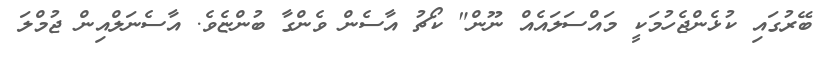
ބޭރުގައި ކުޅެންޖެހުމަކީ މައްސަލައެއް ނޫން" ކޯޗު އާސެން ވެންގާ ބުންޏެވެ. އާސެނަލްއިން ޖުމްލަ